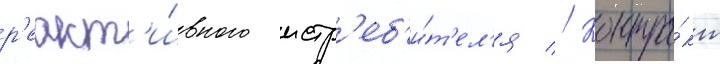
р'еакт'и́вного истр'еб'и́т'ел'я // Контра́кт